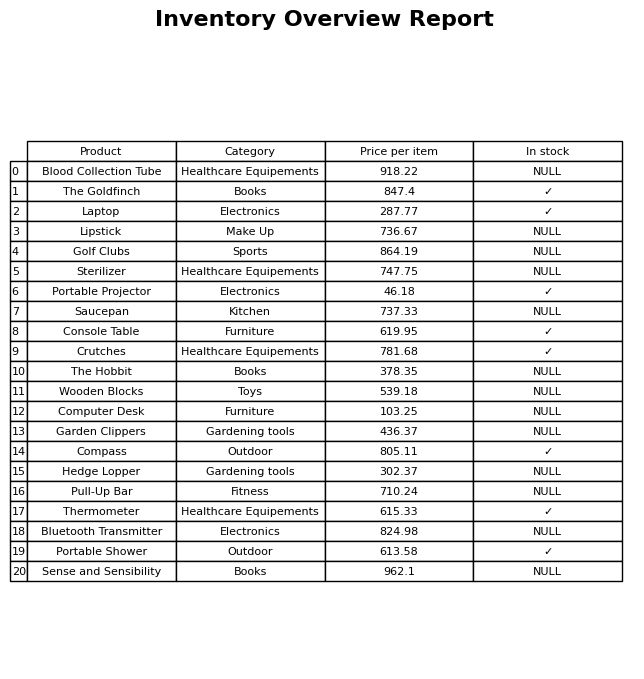
question: What is the price for Hedge Lopper?
answer: The price of Hedge Lopper is 302.37.